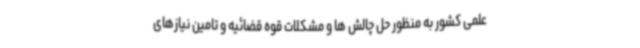
علمی کشور به منظور حل چالش ها و مشکلات قوه قضائیه و تامین نیازهای